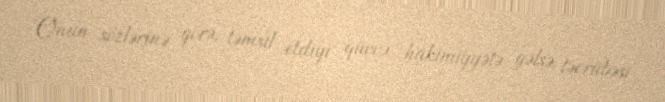
Onun sözlərinə görə, təmsil etdiyi qüvvə hakimiyyətə gəlsə, təcrübəsi